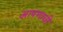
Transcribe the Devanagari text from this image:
आपणाची